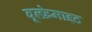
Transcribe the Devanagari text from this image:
वूल्फ्रेमाइट